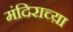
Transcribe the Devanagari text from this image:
मंदिराच्य़ा